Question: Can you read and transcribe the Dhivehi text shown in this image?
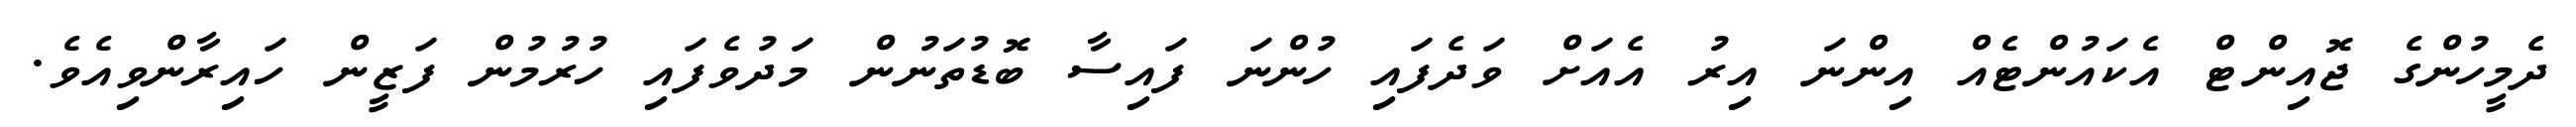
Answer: ދެމީހުންގެ ޖޮއިންޓް އެކައުންޓެއް އިންނަ އިރު އެއަށް ވަދެފައި ހުންނަ ފައިސާ ބޮޑުތަނުން މަދުވެފައި ހުރުމުން ފަޒީން ހައިރާންވިއެވެ.